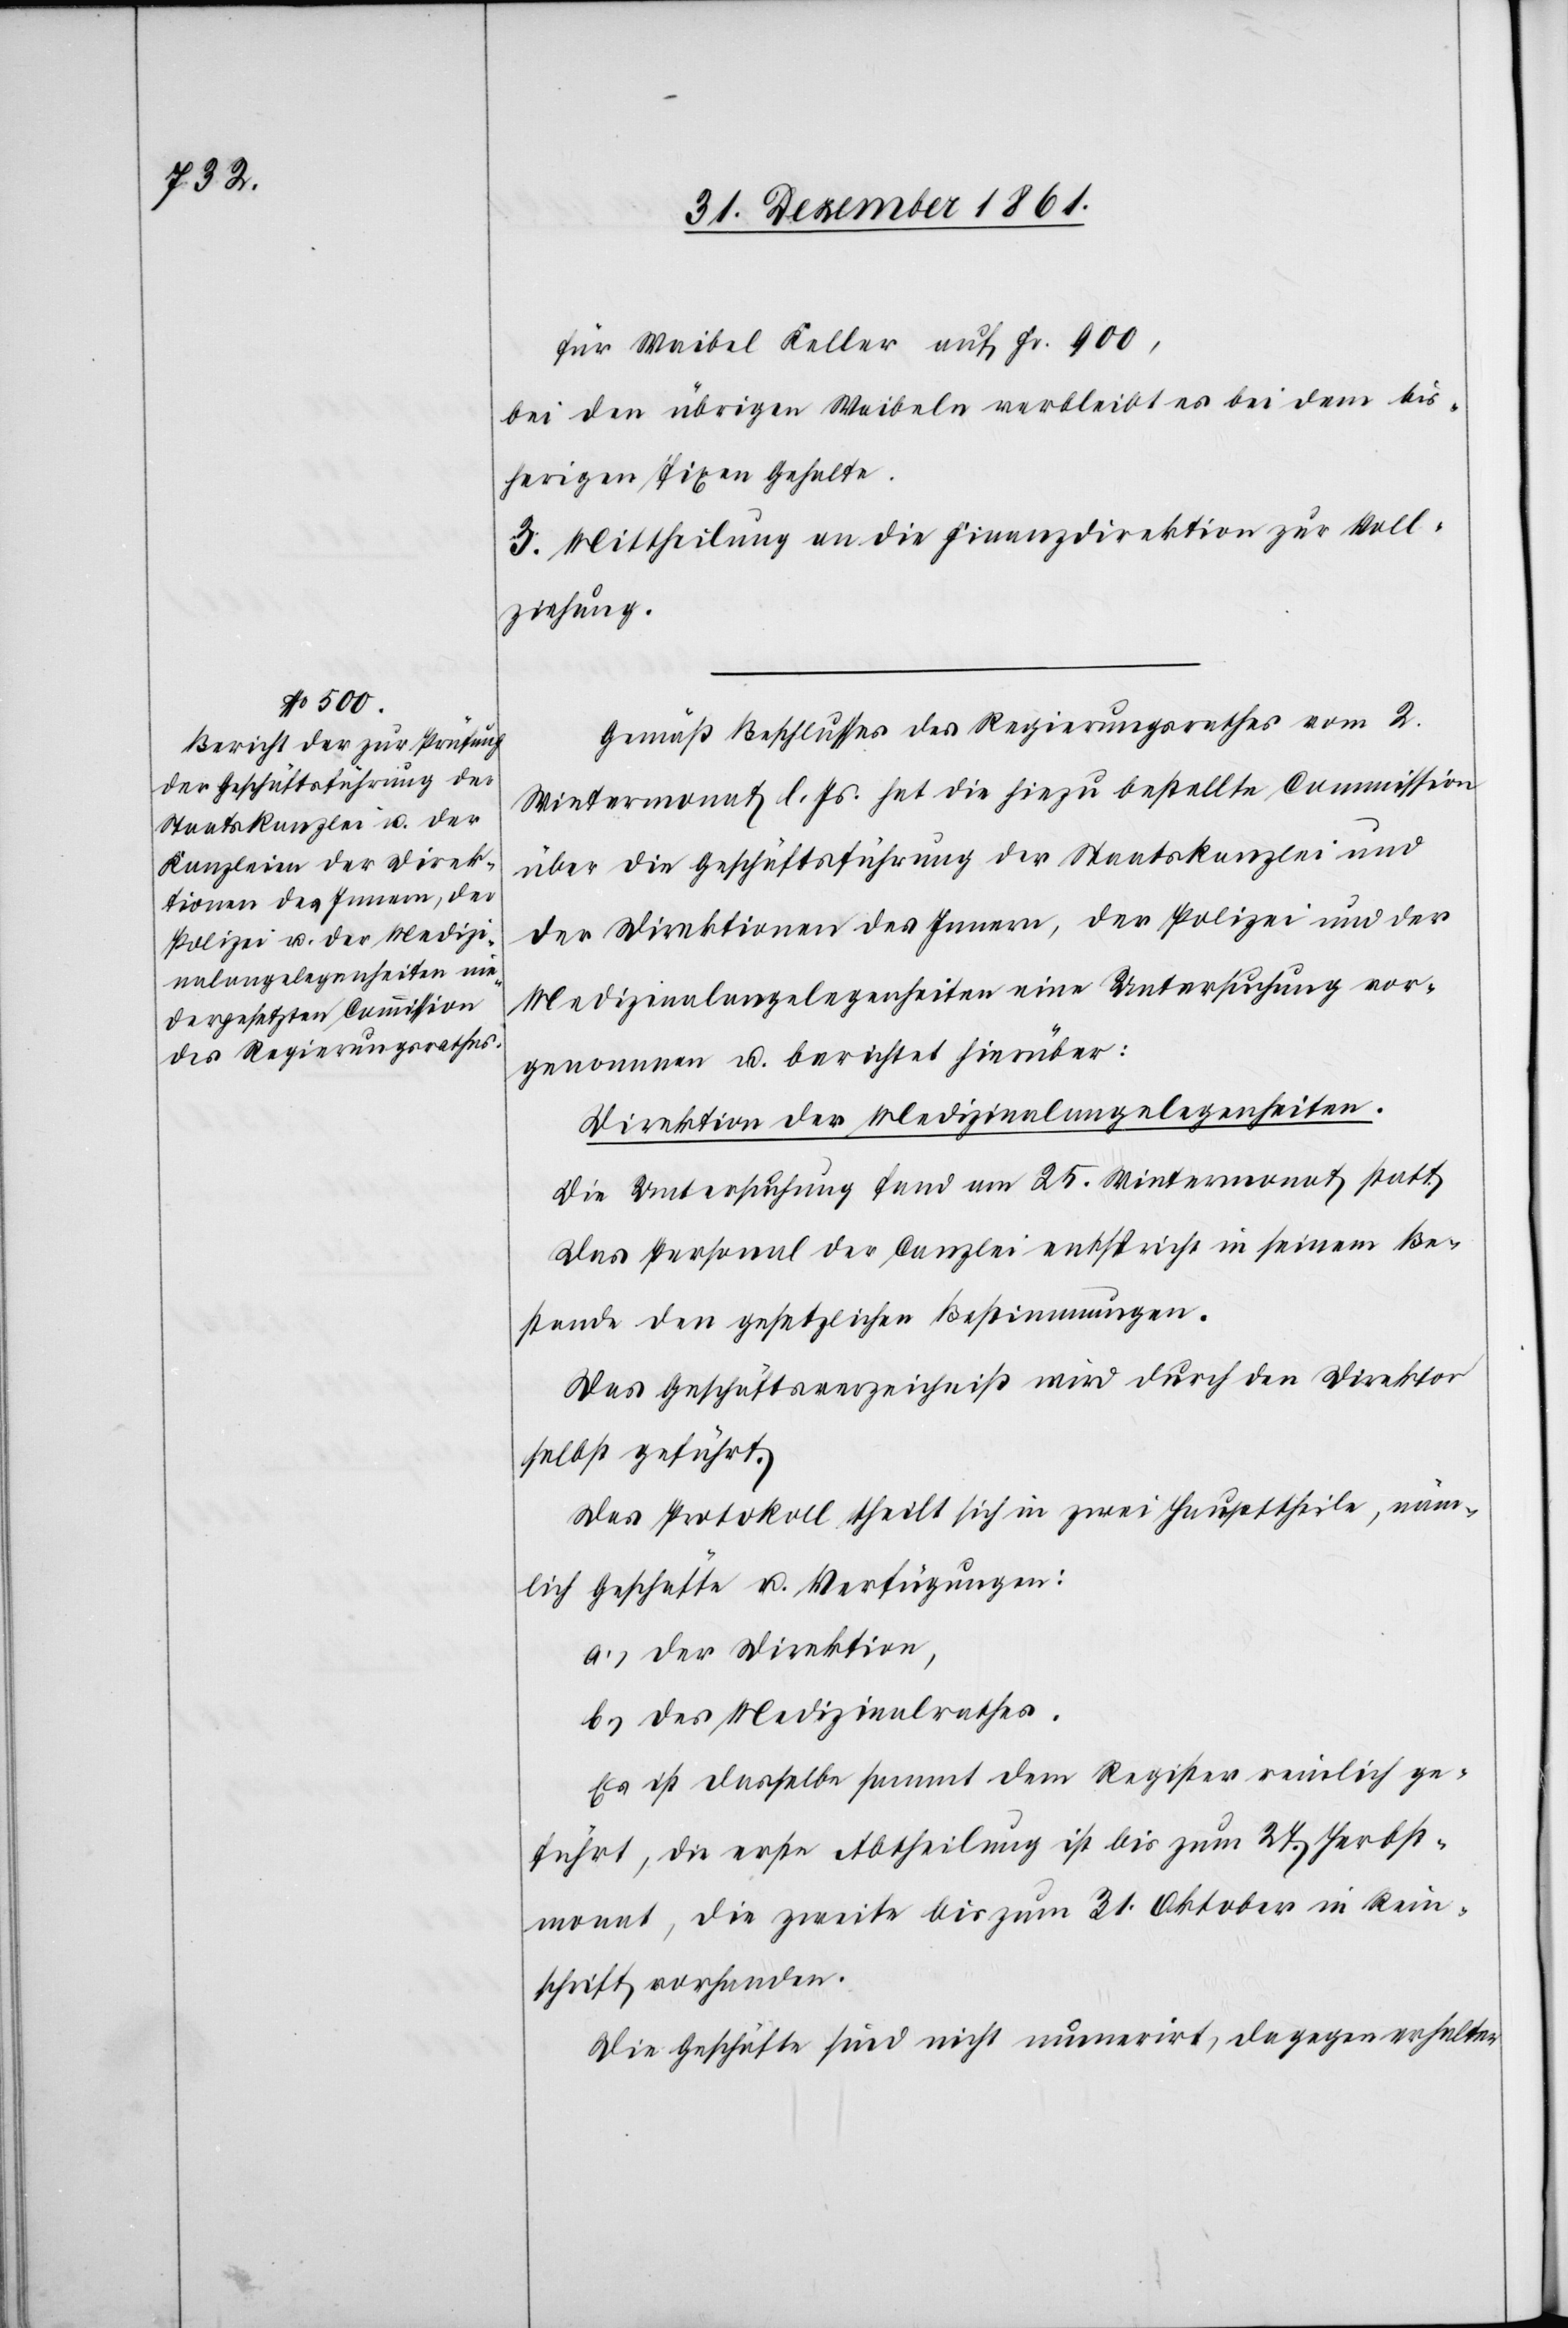
für Waibel Keller auf Fr. 900,
bei den übrigen Waibeln verbleibt es bei dem bis¬
herigen fixen Gehalte.
3. Mittheilung an die Finanzdirektion zur Voll¬
ziehung.
Gemäß Beschlusses des Regierungsrathes vom 2
Wintermonat l. Js. hat die hiezu bestellte Commission
über die Geschäftsführung der Staatskanzlei und
der Direktion des Innern, der Polizei und der
Medizinalangelegenheiten eine Untersuchung vor¬
genommen u. berichtet hierüber:
Direktion der Medizinalangelegenheiten
Die Untersuchung fand am 25 Wintermonat statt.
Das Personal der Canzlei entspricht in seinem Be¬
stande den gesetzlichen Bestimmungen.
Das Geschäftsverzeichniß wird durch den Direktor
selbst geführt.
Das Protokoll theilt sich in zwei Hauptheile, näm¬
lich Geschäfte u. Verfügungen:
der Direktion,
des Medizinalrathes.
Es ist dasselbe sammt dem Register reinlich ge¬
führt, die erste Abtheilung ist bis zum 27 Herbst¬
monat, die zweite bis zum 31 Oktober in Rein¬
schrift vorhanden.
Die Geschäfte sind nicht nummerirt, dagegen erhalten